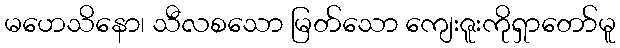
မဟေသိနော၊ သီလစသော မြတ်သော ကျေးဇူးကိုရှာတော်မူ